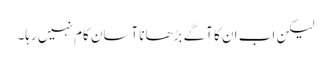
لیکن اب ان کا آگے بڑھانا آسان کام نہیں رہا۔